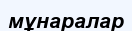
мұнаралар